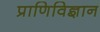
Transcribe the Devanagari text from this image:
प्राणिविज्ञान